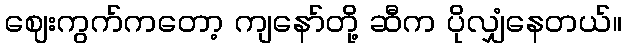
ဈေးကွက်ကတော့ ကျနော်တို့ ဆီက ပိုလျှံနေတယ်။